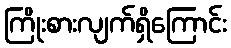
ကြိုးစားလျက်ရှိကြောင်း